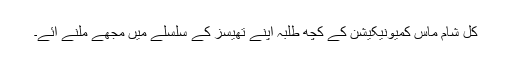
کل شام ماس کمیونیکیشن کے کچھ طلبہ اپنے تھیسز کے سلسلے میں مجھے ملنے آئے۔